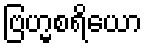
ဗြဟ္မစရိယော